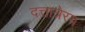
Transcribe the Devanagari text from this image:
दत्तात्रेरय